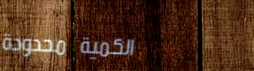
الكمية محدودة